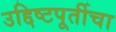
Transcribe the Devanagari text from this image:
उद्दिष्टपूर्तीचा